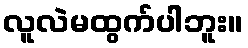
လူလဲမထွက်ပါဘူး။